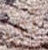
أي